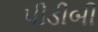
પીડીબી